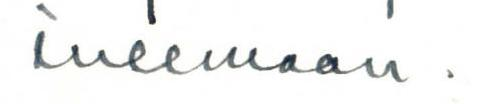
tulemaan.